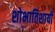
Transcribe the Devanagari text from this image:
शोभातिशायी